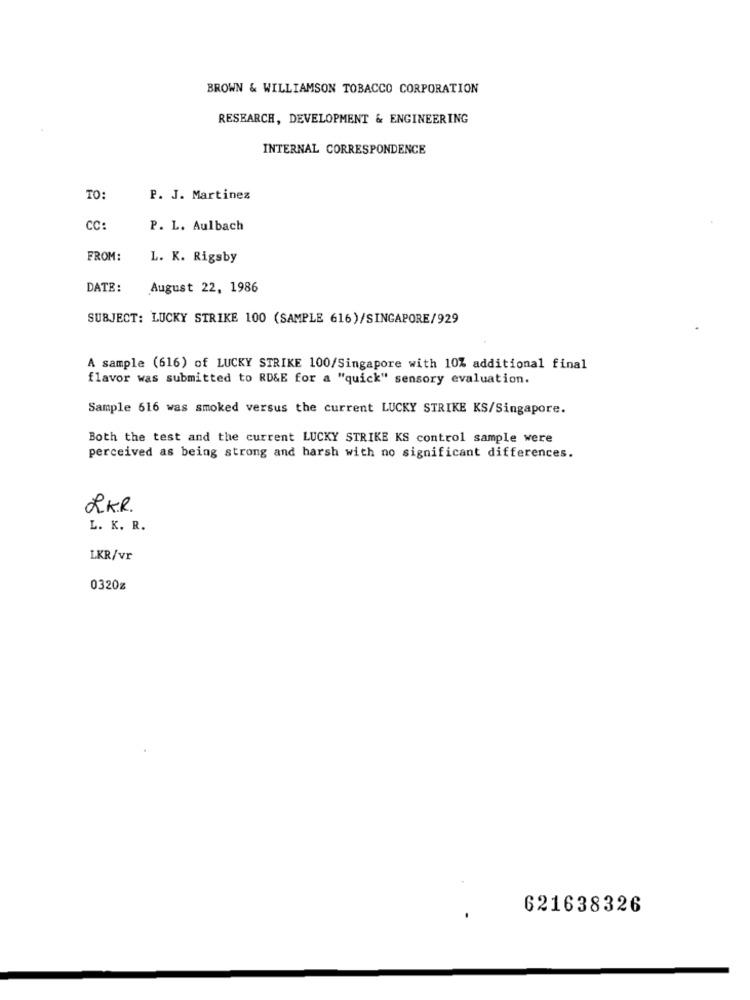
BROWN & WILLIAMSON TOBACCO CORPORATION
RESEARCH, DEVELOPMENT & ENGINEERING
INTERNAL CORRESPONDENCE
TO:
P. J. Martinez
CC:
P. L. Aulbach
FROM:
L. K. Rigsby
DATE:
August 22, 1986
SUBJECT: LUCKY STRIKE 100 (SAMPLE 616)/SINGAPORE/929
A sample (616) of LUCKY STRIKE 100/Singapore with 10% additional final
flavor was submitted to RD&E for a "quick" sensory evaluation.
Sample 616 was smoked versus the current LUCKY STRIKE KS/Singapore.
Both the test and the current LUCKY STRIKE KS control sample were
perceived as being strong and harsh with no significant differences.
RK.R.
L. K. R.
LKR/vr
0320z
621638326